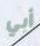
أبي